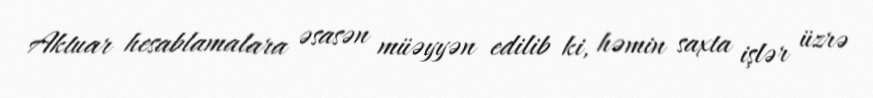
Aktuar hesablamalara əsasən müəyyən edilib ki, həmin saxta işlər üzrə